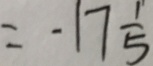
= - 1 7 \frac { 1 } { 5 }